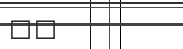
٢٣